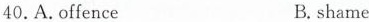
40. A. Offence B. shame